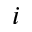
i